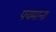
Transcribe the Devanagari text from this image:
पयमाना